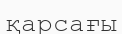
қарсағы